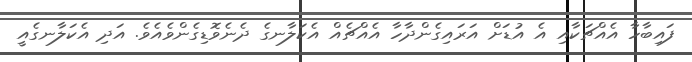
ފައިބާހާ އެއްޗަކާއި އެ އުޑަށް އަރައިގެންދާހާ އެއްޗެއް އެކަލާނގެ ދެނެވޮޑިގެންވެއެވެ. އަދި އެކަލާނގެއީ